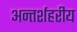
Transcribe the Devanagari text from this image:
अन्तर्शहरीय